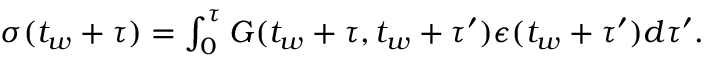
\begin{array} { r } { \sigma ( t _ { w } + \tau ) = \int _ { 0 } ^ { \tau } G ( t _ { w } + \tau , t _ { w } + \tau ^ { \prime } ) { \epsilon } ( t _ { w } + \tau ^ { \prime } ) d \tau ^ { \prime } . } \end{array}